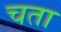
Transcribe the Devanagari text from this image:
चता